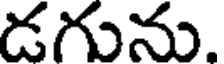
డగును.